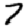
Digit: 7